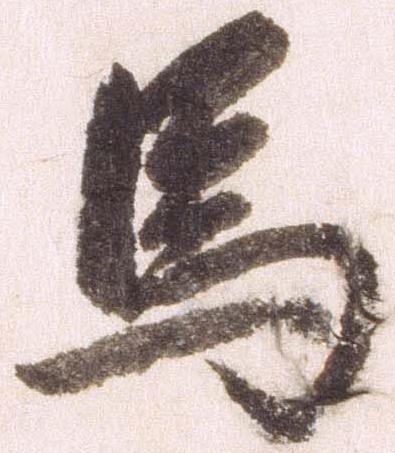
馬